Report of the Indian Hemp Drugs Commission, 1894-1895 - Volume VIII
Year: 1894
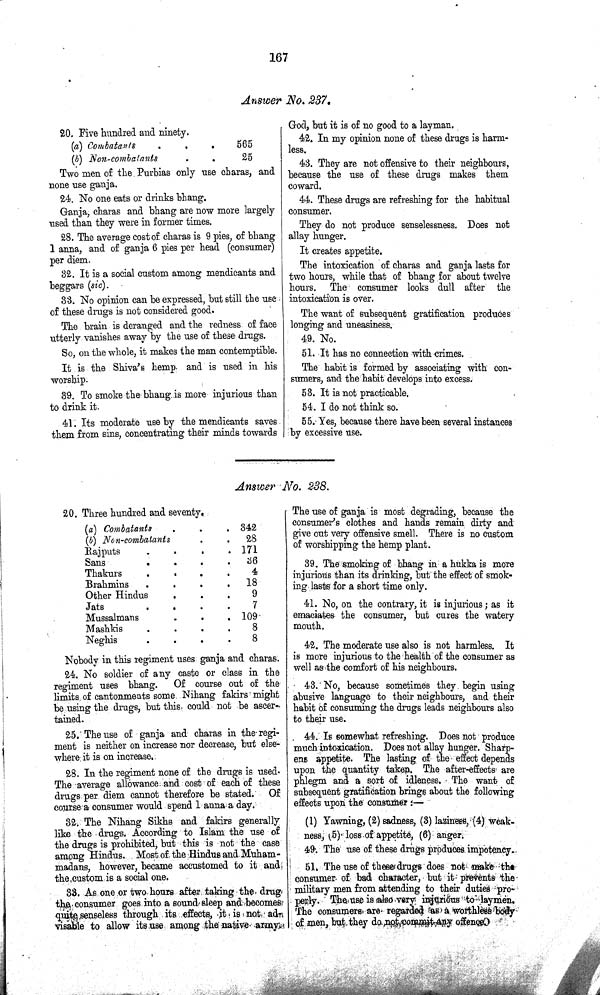
167
Answer No. 237.
20. Five hundred and ninety.
(a) Combatants
565
(b) Non-combatants
25
Two men of the Purbias only use charas, and
none use ganja.
24. No one eats or drinks bhang.
Ganja, charas and bhang are now more largely
used than they were in former times.
28. The average cost of charas is 9 pies, of bhang
1 anna, and of ganja 6 pies per head (consumer)
per diem.
32. It is a social custom among mendicants and
beggars (sic).
33. No opinion can be expressed, but still the use
of these drugs is not considered good.
The brain is deranged and the redness of face
utterly vanishes away by the use of these drugs.
So, on the whole, it makes the man contemptible.
It is the Shiva's hemp, and is used in his
worship.
39. To smoke the bhang is more injurious than
to drink it.
41. Its moderate use by the mendicants saves
them from sins, concentrating their minds towards
God, but it is of no good to a layman.
42. In my opinion none of these drugs is harm¬
less.
43. They are not offensive to their neighbours,
because the use of these drugs makes them
coward.
44. These drugs are refreshing for the habitual
consumer.
They do not produce senselessness. Does not
allay hunger.
It creates appetite.
The intoxication of charas and ganja lasts for
two hours, while that of bhang for about twelve
hours. The consumer looks dull after the
intoxication is over.
The want of subsequent gratification produces
longing and uneasiness.
49. No.
51. It has no connection with crimes.
The habit is formed by associating with con¬
sumers, and the habit develops into excess.
53. It is not practicable.
54. I do not think so.
55. Yes, because there have been several instances
by excessive use.
Answer No. 238.
20. Three hundred and seventy.
(a) Combatants
342
(b) Non-combatants
28
Rajputs
171
Sans
36
Thakurs
4
Brahmins
18
Other Hindus
9
Jats
7
Mussalmans
109
Mashkis
8
Neghis
8
Nobody in this regiment uses ganja and charas.
24. No soldier of any caste or class in the
regiment uses bhang.
Of course out of the
limits of cantonments some Nihang fakirs might
be using the drugs, but this could not be ascer¬
tained.
25. The use of ganja and charas in the regi¬
ment is neither on increase nor decrease, but else¬
where it is on increase.
28. In the regiment none of the drugs is used.
The average allowance and cost of each of these
drugs per diem cannot therefore be stated. Of
course a consumer would spend 1 anna a day.
32. The Nihang Sikhs and fakirs generally
like the drugs. According to Islam the use of
the drugs is prohibited, but this is not the case
among Hindus. Most of the Hindus and Muham-
madans, however, became accustomed to it and,
the custom is a social one.
33. As one or two hours after taking the drug
the consumer goes into a sound sleep and becomes
quite senseless through its effects, it is not ad-
visable to allow its use among the native army
The use of ganja is most degrading, because the
consumer's clothes and hands remain dirty and
give out very offensive smell. There is no custom
of worshipping the hemp plant.
39. The smoking of bhang in a hukka is more
injurious than its drinking, but the effect of smok¬
ing lasts for a short time only.
41. No, on the contrary, it is injurious; as it
emaciates the consumer, but cures the watery
mouth.
42. The moderate use also is not harmless. It
is more injurious to the health of the consumer as
well as the comfort of his neighbours.
43. No, because sometimes they begin using
abusive language to their neighbours, and their
habit of consuming the drugs leads neighbours also
to their use.
44. Is somewhat refreshing. Does not produce
much intoxication. Does not allay hunger. Sharp¬
ens appetite. The lasting of the effect depends
upon the quantity taken. The after-effects are
phlegm and a sort of idleness. The want of
subsequent gratification brings about the following
effects upon the consumer:—
(1) Yawning, (2) sadness, (3) laziness, (4) weak¬
ness, (5) loss of appetite, (6) anger.
49. The use of these drugs produces impotency.
51. The use of these drugs does not make the
consumer of bad character, but it prevents the
military men from attending to their duties pro¬
perly. The use is also very injurious to laymen.
The consumers are regarded as a worthless body
of men, but they do not commit any offence.